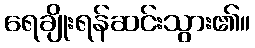
ရေချိုးရန်ဆင်းသွား၏။